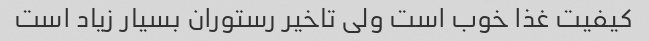
کیفیت غذا خوب است ولی تاخیر رستوران بسیار زیاد است